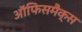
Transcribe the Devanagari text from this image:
ऑफिसमैक्स